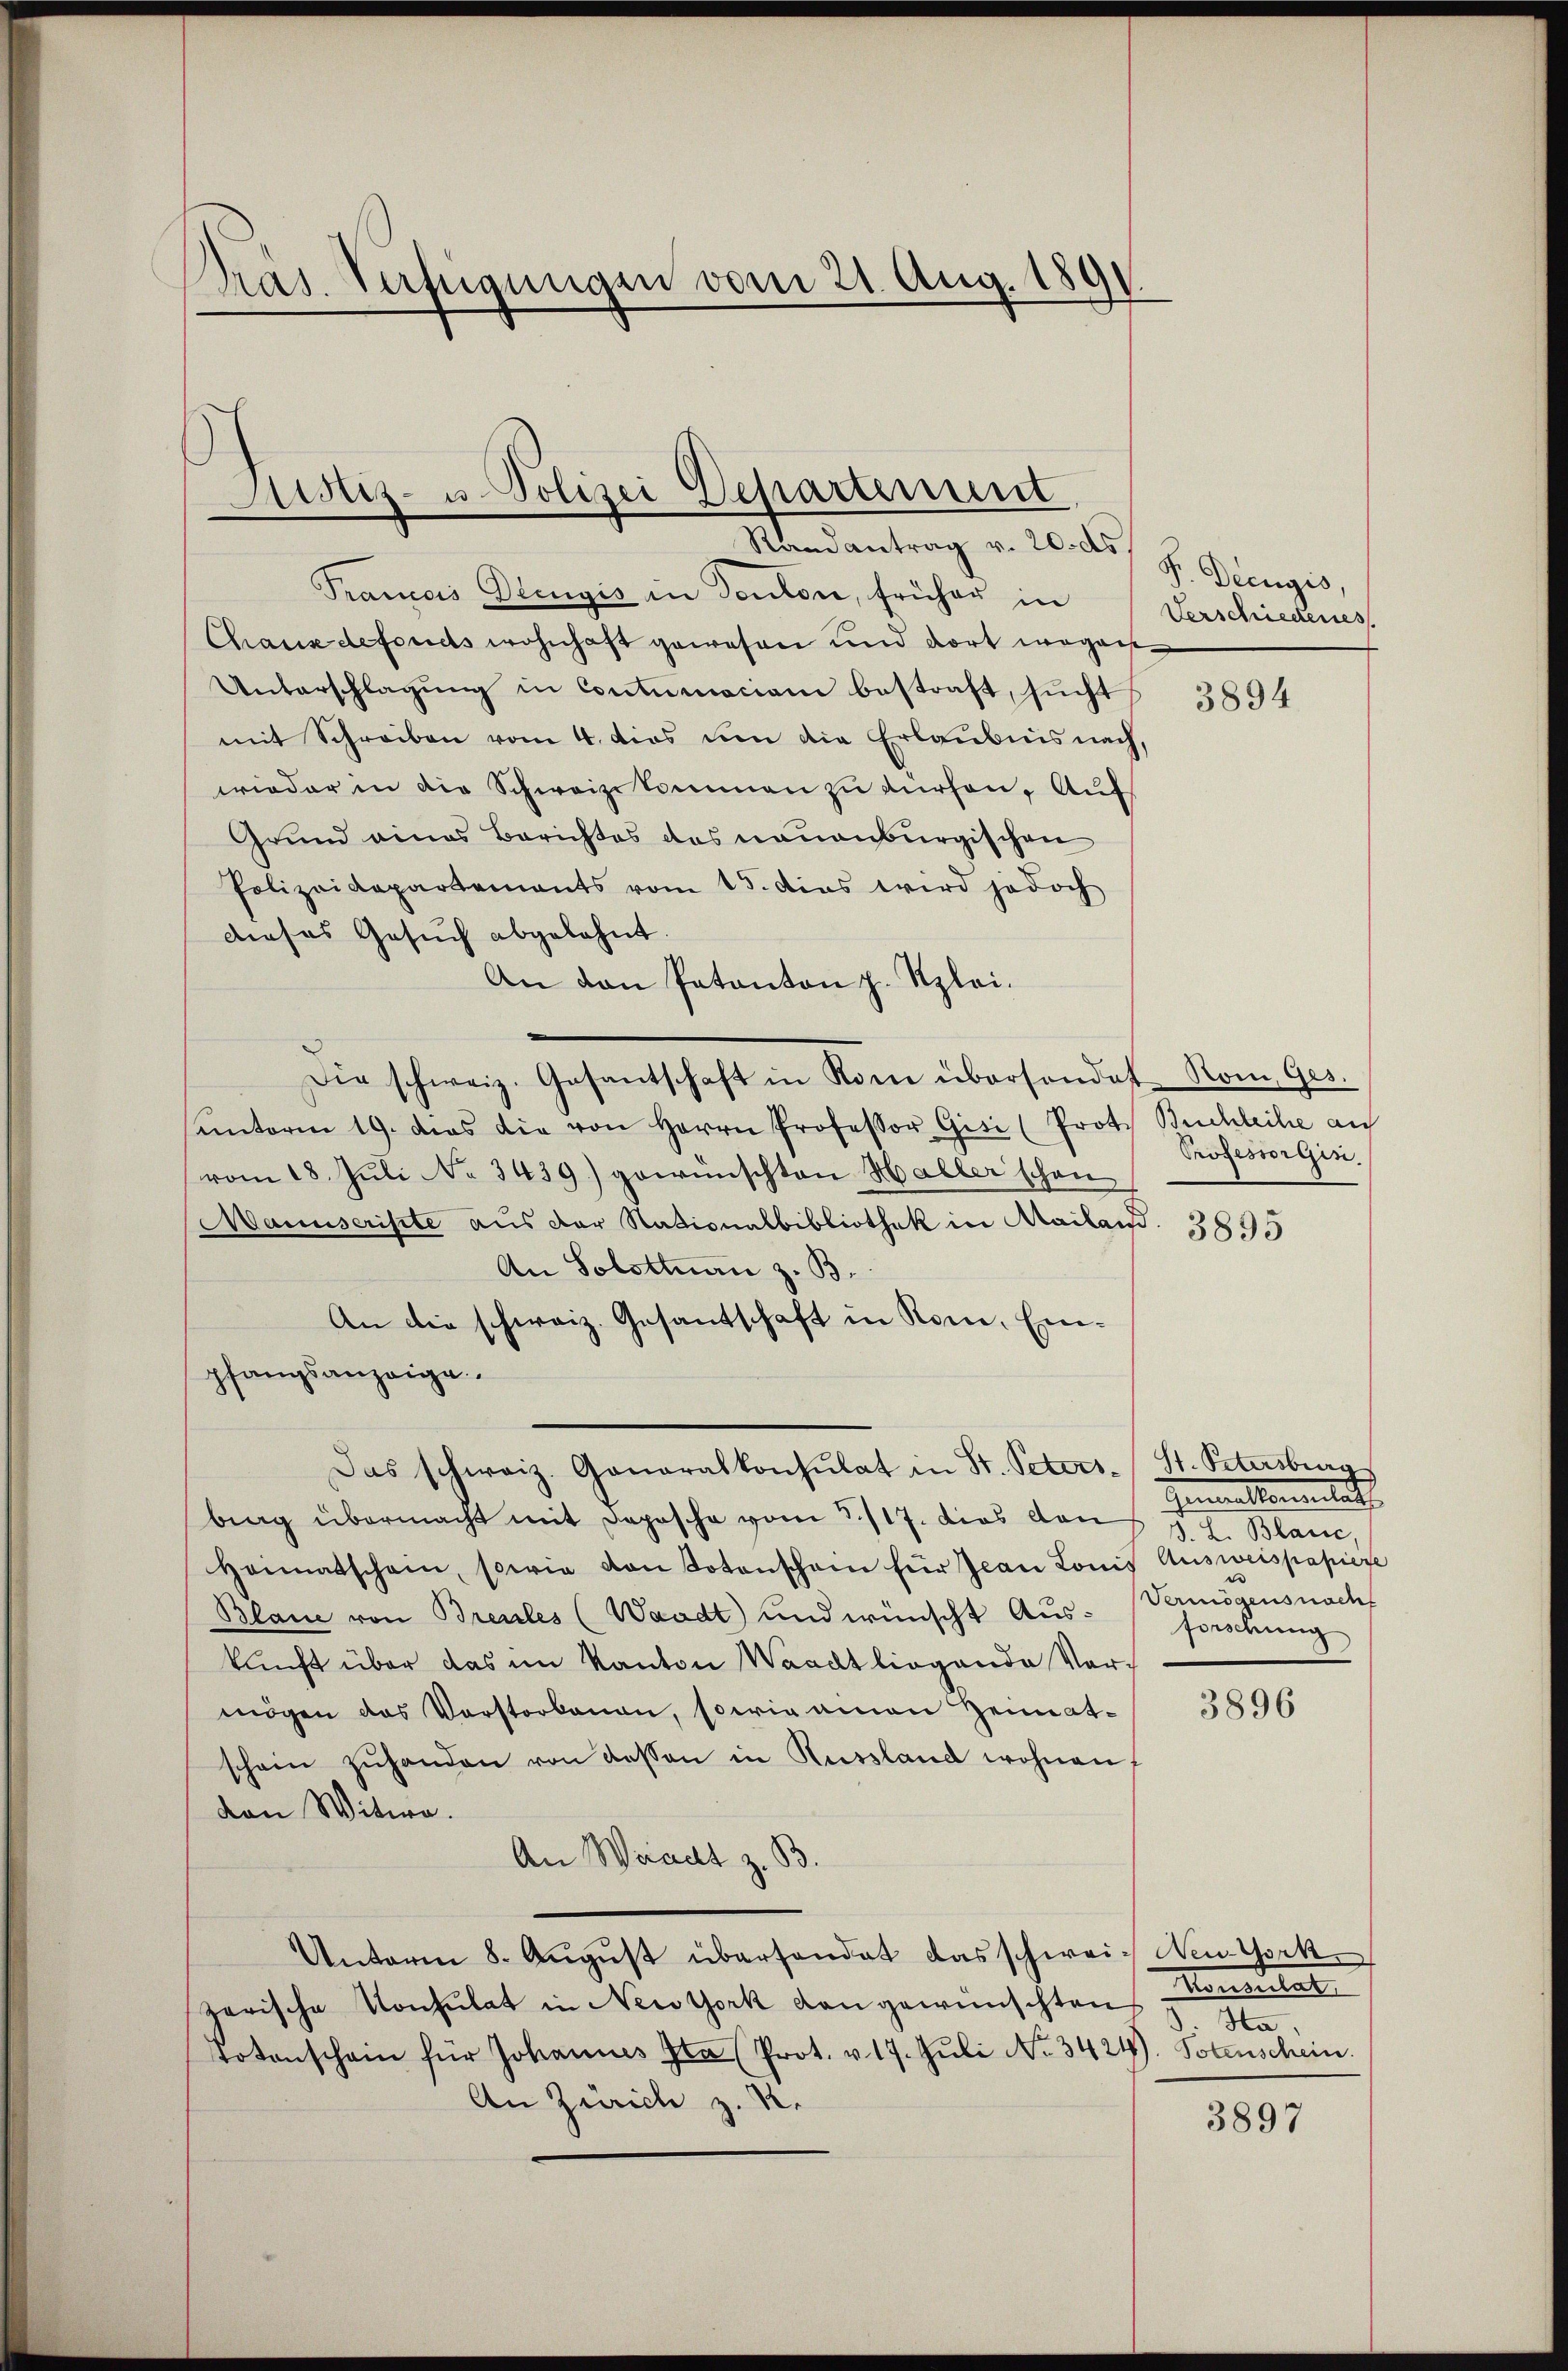
Präs. Verfügungen vom 21. Aug. 1891.

Justiz- u. Polizei Departement
Randantrag v. 20. d. J. Diengis,

Frances Dringis in Teuton, früher in Verschiedenes,
Chaus defonds wohnhaft gewesen und dort wegen
Unterschlagung in Contumaciam bestraft, sŭcht
mit Schreiben vom 4. dies um die Erlaubnis nach,
wieder in die Schweizekommen zu dürfen, Auf
Grund eines Berichtes des neuenburgischen
Polizeidepartements vom 15. Das wird jedoch
dieses Gesuch abgelehnt.
An den Patanton z. Klei¬
Die schweiz. Gesantschaft in Rom übersondet Rom Ges.
unterm 19. dies die von Herrn Professor Gisi (Prote Buchleihe auf
vom 18. Juli No 3439) gewünschten Haller schon
Manuscripte aus der Nationalbibliothek in Mailand
An Solottan z. B.
An die schweiz. Gesantschaft in Rom, Einpfangsanzeige
Das schweiz. Generalkonsulat in St. Peters- St. Petersberg
bing übermacht mit Depesche vom 3./17. dies von J. L. Blanc,
Heimatschein, sowie von Totenschein für Jean Comis
Blaue von Breules (Waadt) und wünscht Aus-Forschung
kunft über das im Kanton Waadt liegende Vor-
mögen das Vorstorbenen, sowie einen Heimatschein zŭhanden von dessen in Russland wohnen
von Witwe.
An Waadt z. B.
Unterm 8. Aŭgŭst überhandet das schwei- Neu York
zarische Konsulat in Newtork dan gewünschten
totenschein für Johannes Ita (Prot. v. 17. Juli No 3424). Totenschein.
An Zürich z. R.

3894

Professorgin

3895

Gumillemand
Ausweispapiere
Vermögensnach

3896

Konsulat
Ha,

3897